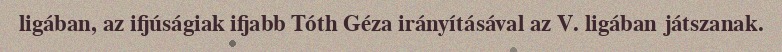
ligában, az ifjúságiak ifjabb Tóth Géza irányításával az V. ligában játszanak.